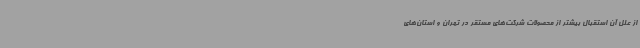
از علل آن استقبال بیشتر از محصولات شرکت‌های مستقر در تهران و استان‌های